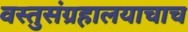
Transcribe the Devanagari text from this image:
वस्तुसंग्रहालयाचाच